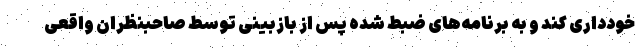
خودداری کند و به برنامه‌های ضبط شده پس از بازبینی توسط صاحبنظران واقعی